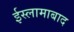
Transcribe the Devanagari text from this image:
ईस्लामाबाद